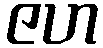
ဇဟ